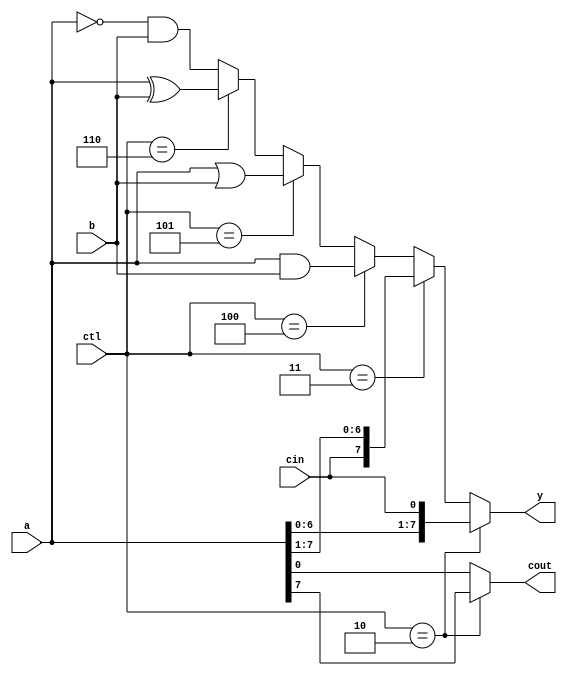
// an 8 bit logic unit that is part of the m6502 ALU.
// 
//      CTL | Y output
//      ----+--------
//      000 | 
//      001 | 
//      010 | Rotate Left A
//      011 | Rotate Right A
//      100 | A AND B
//      101 | A OR  B
//      110 | A XOR B
//      111 | !A AND B
//   
// 
// 
// ----------------------------------------------------------------------
`timescale 1 ns / 1 ns // timescale for following modules

module alu_log (a,
   b,
   cin,
   cout,
   ctl,
   y);
input   [7:0] a; //  A side

input   [7:0] b; //  B side

input   cin; //  carry in

output  cout; //  carry out

input   [2:0] ctl; //  control

output  [7:0] y; //  sum out

wire    cout; 
wire    [7:0] y; 
assign y = ctl == 3'b 010 ? {a[6:0] , cin} : 
	ctl == 3'b 011 ? {cin , a[7:1]} : 
	ctl == 3'b 100 ? a & b : 
	ctl == 3'b 101 ? a | b : 
	ctl == 3'b 110 ? a ^ b : 
	~a & b; 
assign cout = ctl == 3'b 010 ? a[7] : 
	a[0]; 

endmodule // module alu_log